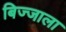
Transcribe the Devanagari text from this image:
बिज्जाला